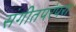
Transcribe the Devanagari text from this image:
संगीतपरंपरा